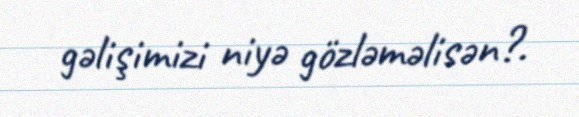
gəlişimizi niyə gözləməlisən?.